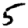
Digit: 5